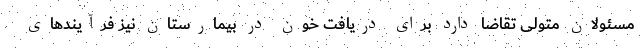
مسئولان متولی تقاضا دارد برای دریافت خون در بیمارستان نیز فرآیندهای